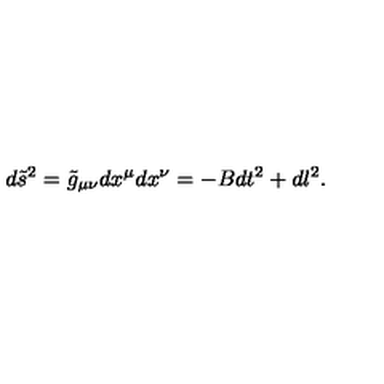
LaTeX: d \tilde { s } ^ { 2 } = \tilde { g } _ { \mu \nu } d x ^ { \mu } d x ^ { \nu } = - B d t ^ { 2 } + d l ^ { 2 } .